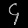
Digit: ၄